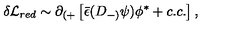
\delta { \cal L } _ { r e d } \sim \partial _ { ( + } \left[ { \bar { \epsilon } } ( D _ { - ) } \psi ) \phi ^ { * } + c . c . \right] ,